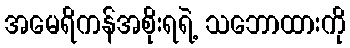
အမေရိကန်အစိုးရရဲ့ သဘောထားကို